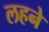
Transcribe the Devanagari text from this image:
लहने